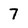
Character: 7